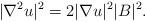
LaTeX: \begin{align*}|\nabla^2 u|^2=2|\nabla u|^2|B|^2.\end{align*}